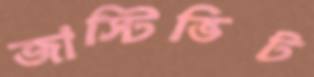
জাস্টিভিট